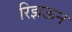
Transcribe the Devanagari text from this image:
रिझऊन